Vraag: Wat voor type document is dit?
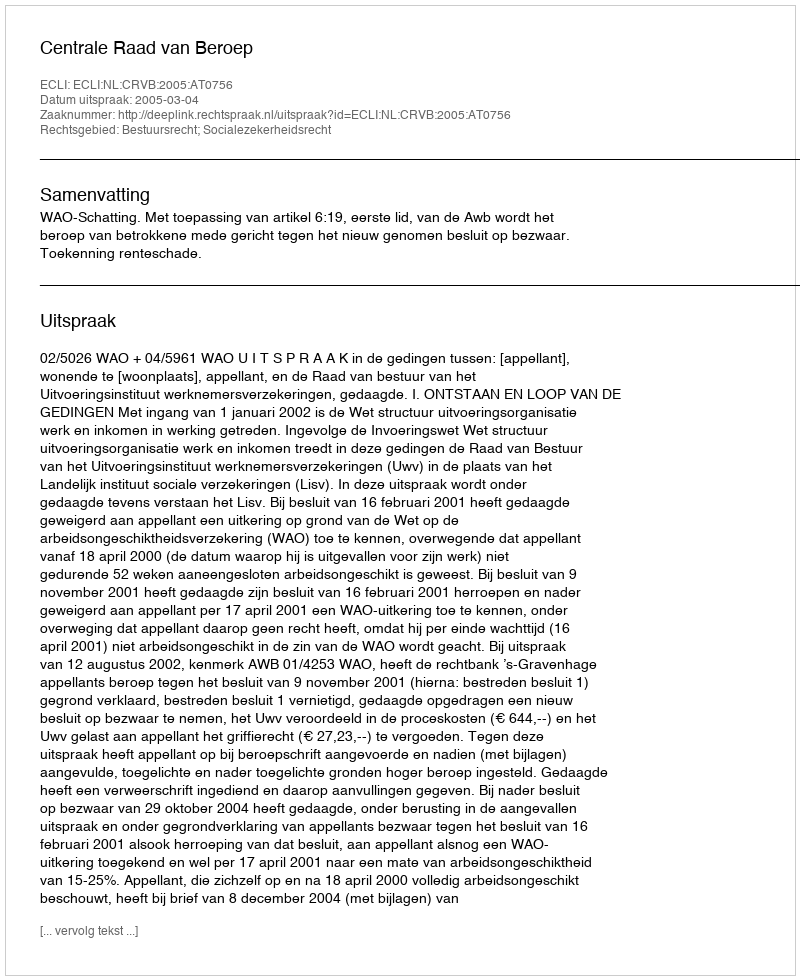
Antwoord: Uitspraak